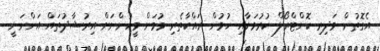
އެގޮތުން މަދިރި ކޮންޓްރޯލް ކުރުމަށާއި ހުމުން ރައްކާތެރި ވުމަށް މީހުންނަށް އިރުޝާދުތައް އަންނަނީ